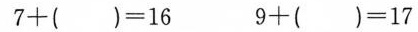
$$7 + () = 1 6$$ $$9 + () = 1 7$$